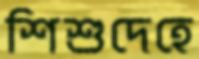
শিশুদেহে